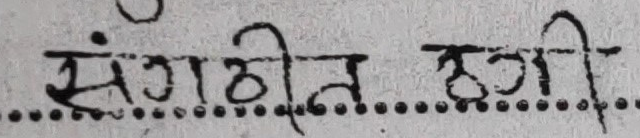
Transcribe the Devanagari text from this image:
संगीत रागी